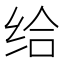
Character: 给